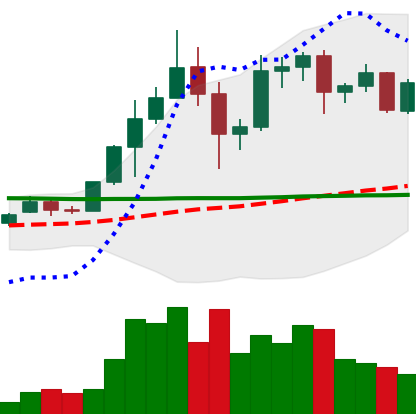
Ticker: ADA-USD
Chart end date: 2020-12-05
Forward return: -11.069%
Label: down_7plus